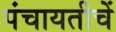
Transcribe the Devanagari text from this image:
पंचायतीचें